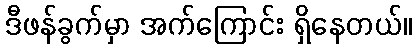
ဒီဖန်ခွက်မှာ အက်ကြောင်း ရှိနေတယ်။